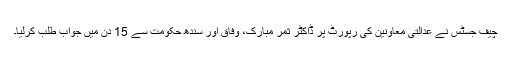
چیف جسٹس نے عدالتی معاونین کی رپورٹ پر ڈاکٹر ثمر مبارک، وفاق اور سندھ حکومت سے 15 دن میں جواب طلب کرلیا۔